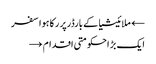
← ملائیشیا کے بارڈرپر رکا ہوا سفر
ایک بڑ احکومتی اقدام →